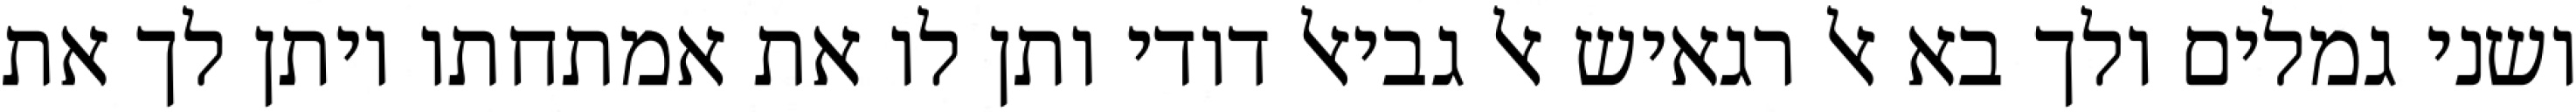
ושני גמלים ולך בא אל רגאיש אל גביאל דודי ותן לו את אמתחתו ויתן לך את